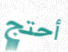
أحتج